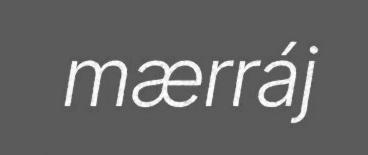
mærráj